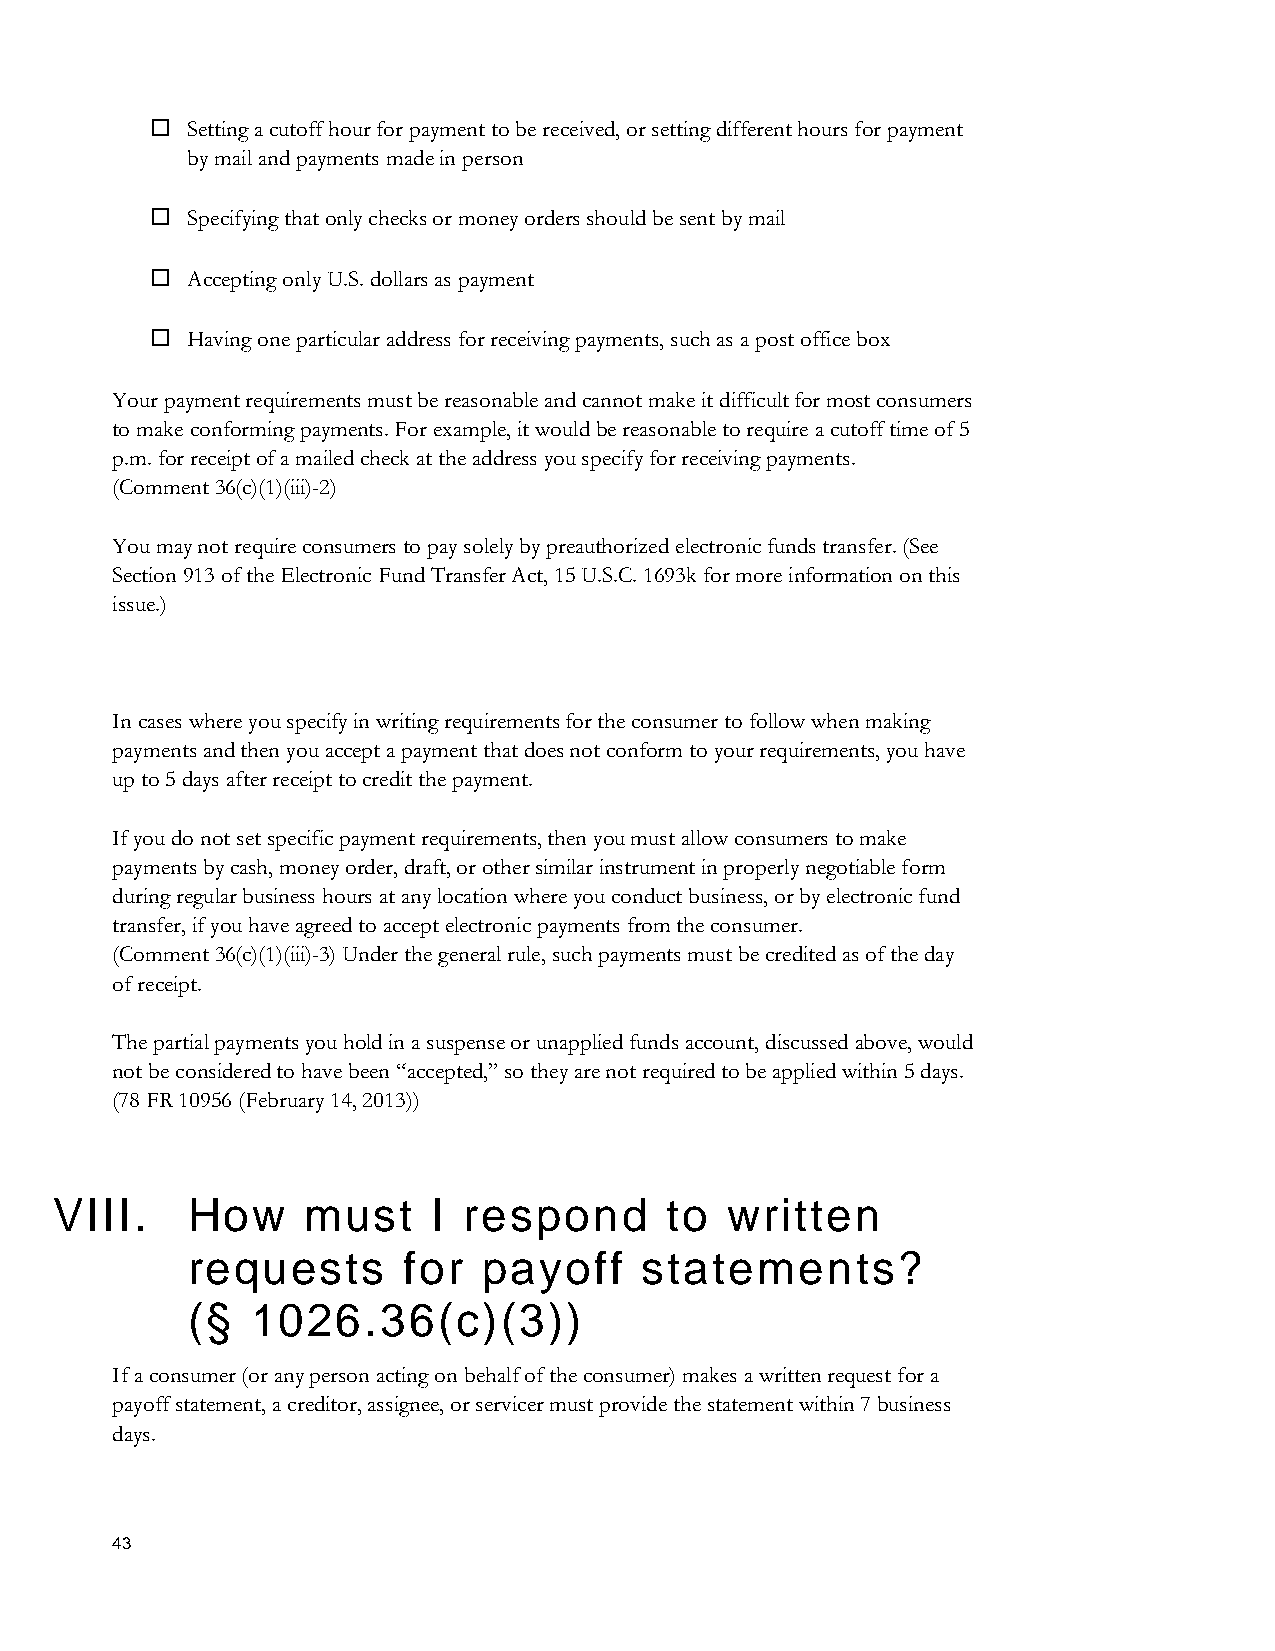
 Setting a cutoff hour for payment to be received, or setting different hours for payment
 by mail and payments made in person
  Specifying that only checks or money orders should be sent by mail
  Accepting only U.S. dollars as payment
  Having one particular address for receiving payments, such as a post office box
 Your payment requirements must be reasonable and cannot make it difficult for most consumers
 to make conforming payments. For example, it would be reasonable to require a cutoff time of 5
 p.m. for receipt of a mailed check at the address you specify for receiving payments.
 (Comment 36(c)(1)(iii)-2)
 You may not require consumers to pay solely by preauthorized electronic funds transfer. (See
 Section 913 of the Electronic Fund Transfer Act, 15 U.S.C. 1693k for more information on this
 issue.)
 In cases where you specify in writing requirements for the consumer to follow when making
 payments and then you accept a payment that does not conform to your requirements, you have
 up to 5 days after receipt to credit the payment.
 If you do not set specific payment requirements, then you must allow consumers to make
 payments by cash, money order, draft, or other similar instrument in properly negotiable form
 during regular business hours at any location where you conduct business, or by electronic fund
 transfer, if you have agreed to accept electronic payments from the consumer.
 (Comment 36(c)(1)(iii)-3) Under the general rule, such payments must be credited as of the day
 of receipt.
 The partial payments you hold in a suspense or unapplied funds account, discussed above, would
 not be considered to have been “accepted,” so they are not required to be applied within 5 days.
 (78 FR 10956 (February 14, 2013))
 VIII.    How     must     I respond      to  written
 requests       for  payoff     statements?
 (§   1026.36(c)(3))
 If a consumer (or any person acting on behalf of the consumer) makes a written request for a
 payoff statement, a creditor, assignee, or servicer must provide the statement within 7 business
 days.
 43